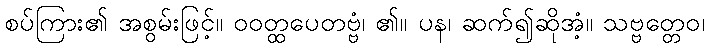
စပ်ကြား၏ အစွမ်းဖြင့်။ ဝဝတ္ထပေတဗ္ဗံ၊ ၏။ ပန၊ ဆက်၍ဆိုအံ့။ သဗ္ဗတ္တေဝ၊